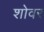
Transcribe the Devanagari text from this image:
शोवर